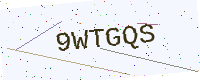
Text: 9WTGQS